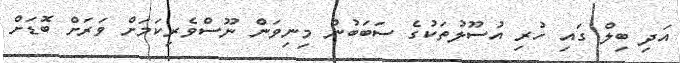
އަދި ބިލް ގައި ހުރި އުސޫލުތަކުގެ ސަބަބުން މިނިވަން ނޫސްވެރިކަމަށް ވަރަށް ބޮޑަށް